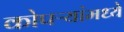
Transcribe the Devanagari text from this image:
कोपऱ्यांमध्ये